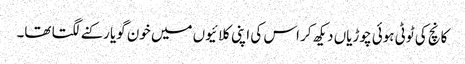
کانچ کی ٹوٹی ہوئی چوڑیاں دیکھ کر اس کی اپنی کلائیوں میں خون گویا رکنے لگتا تھا۔